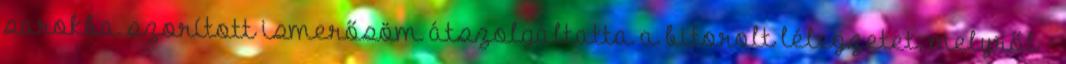
sarokba szorított ismerősöm átszolgáltatta a bitorolt lélegzetet; melyről -